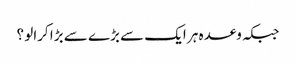
جبکہ وعدہ ہر ایک سے بڑے سے بڑا کرالو ؟